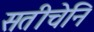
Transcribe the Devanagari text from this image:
सतीचेनि